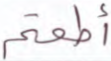
أطعتم